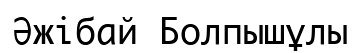
Әжібай Болпышұлы